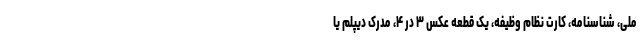
ملی، شناسنامه، کارت نظام وظیفه، یک قطعه عکس ۳ در ۴، مدرک دیپلم یا